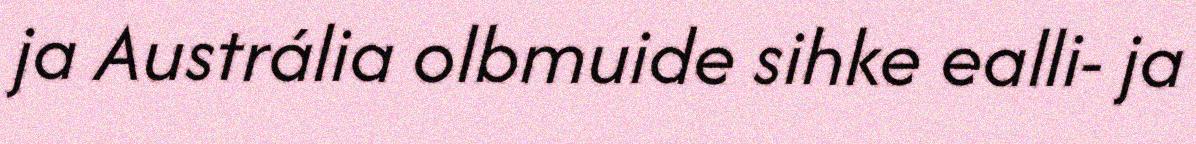
ja Austrália olbmuide sihke ealli- ja